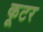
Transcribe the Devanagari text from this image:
कूटर